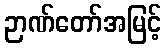
ဉာဏ်တော်အမြင့်